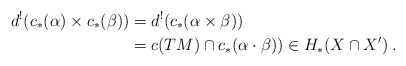
\begin{align*} d^!(c_*(\alpha) \times c_*(\beta)) &= d^!(c_*(\alpha\times \beta)) \\&= c(TM) \cap c_*(\alpha\cdot \beta)) \in H_*(X\cap X')\:.\end{align*}